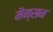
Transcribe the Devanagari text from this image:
मैंन्सन